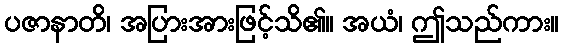
ပဇာနာတိ၊ အပြားအားဖြင့်သိ၏။ အယံ၊ ဤသည်ကား။